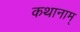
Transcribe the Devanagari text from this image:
कथानाम्